Civil Veterinary Dept. North-West Frontier Province 1933-46 - 1933-1946
Year: 1933
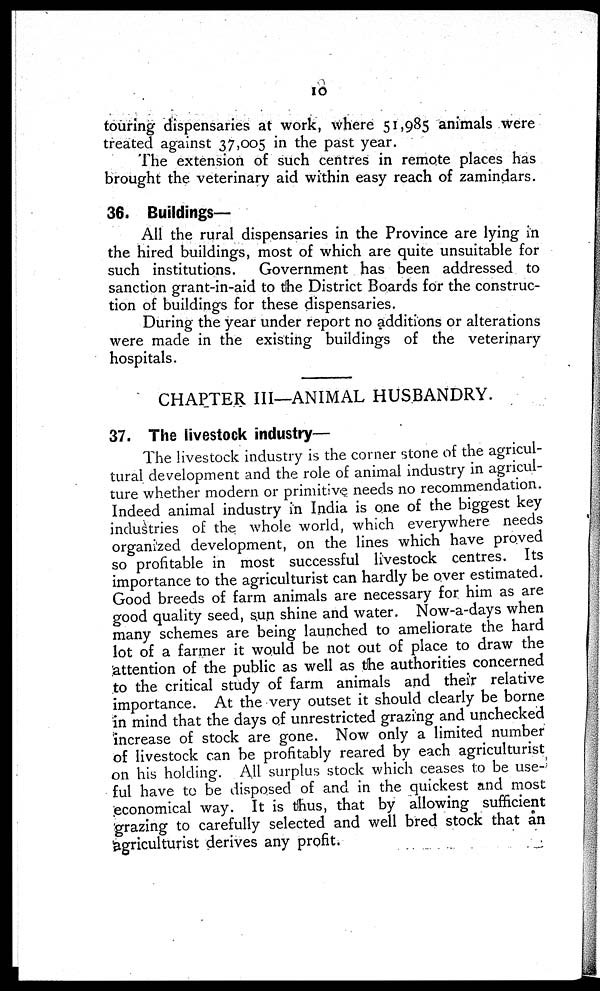
10
touring dispensaries at work, where 51,985 animals were
treated against 37,005 in the past year.
The extension of such centres in remote places has
brought the veterinary aid within easy reach of zamindars.
36. Buildings-
All the rural dispensaries in the Province are lying in
the hired buildings, most of which are quite unsuitable for
such institutions.
Government has been addressed to
sanction grant-in-aid to the District Boards for the construc-
tion of buildings for these dispensaries.
During the year under report no additions or alterations
were made in the existing buildings of the veterinary
hospitals.
CHAPTER III—ANIMAL HUSBANDRY.
37. The livestock industry—
The livestock industry is the corner stone of the agricul-
tural development and the role of animal industry in agricul-
ture whether modern or primitive needs no recommendation.
Indeed animal industry in India is one of the biggest key
industries of the whole world, which everywhere needs
organized development, on the lines which have proved
so profitable in most successful livestock centres. Its
importance to the agriculturist can hardly be over estimated.
Good breeds of farm animals are necessary for him as are
good quality seed, sun shine and water. Now-a-days when
many schemes are being launched to ameliorate the hard
lot of a farmer it would be not out of place to draw the
attention of the public as well as the authorities concerned
to the critical study of farm animals and their relative
importance. At the very outset it should clearly be borne
in mind that the days of unrestricted grazing and unchecked
increase of stock are gone. Now only a limited number
of livestock can be profitably reared by each agriculturist
on his holding. All surplus stock which ceases to be use-
ful have to be disposed of and in the quickest and most
economical way. It is thus, that by allowing sufficient
grazing to carefully selected and well bred stock that an
agriculturist derives any profit.